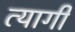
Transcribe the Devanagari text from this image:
त्‍यागी